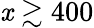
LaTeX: \mathit{x}\gtrsim400